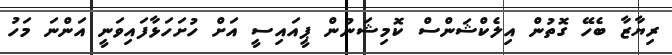
ރިޔާޒާ ބެހޭ ގޮތުން އިލެކްޝަންސް ކޮމިޝަނުން ޕީއައިސީ އަށް ހުށަހަޅާފައިވަނީ އަންނަ މަހު